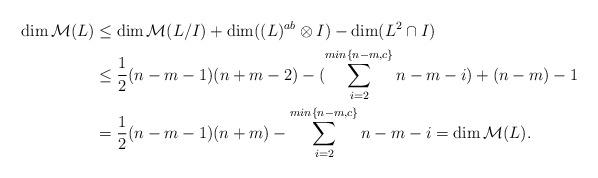
LaTeX: \begin{align*}\dim\mathcal{M}(L) & \leq \dim\mathcal{M}(L/I)+\dim ((L)^{ab}\otimes I)- \dim(L^{2}\cap I) \cr&\leq \frac{1}{2}(n-m-1) (n+m-2)-(\sum\limits_{i=2}^ {min\lbrace n-m,c\rbrace} n-m-i) +(n-m)-1 \cr&= \frac{1}{2}(n-m-1)(n+m)-\sum\limits_{i=2}^ {min\lbrace n-m,c\rbrace} n-m-i= \dim \mathcal{M}(L).\end{align*}